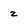
Character: z